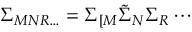
\Sigma _ { M N R \ldots } = \Sigma _ { [ M } \tilde { \Sigma } _ { N } \Sigma _ { R } \cdots